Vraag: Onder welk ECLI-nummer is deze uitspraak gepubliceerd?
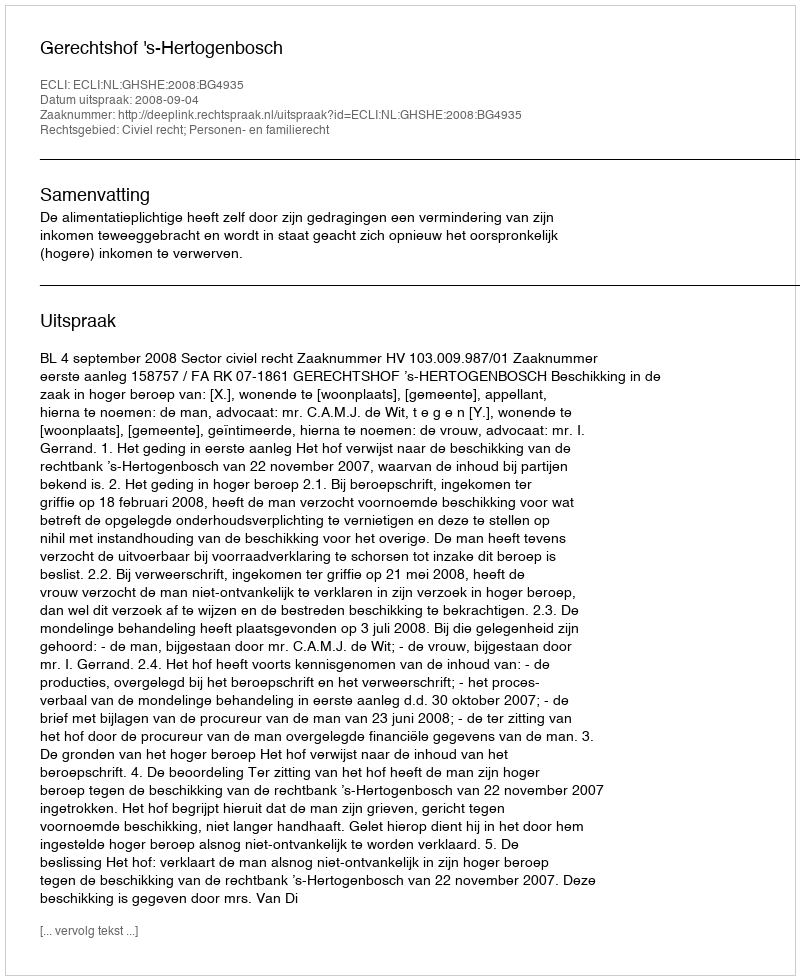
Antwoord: ECLI:NL:GHSHE:2008:BG4935